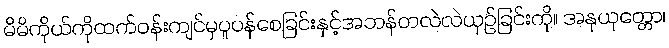
မိမိကိုယ်ကိုထက်ဝန်းကျင်မှပူပန်စေခြင်းနှင့်အဘန်တလဲလဲယှဉ်ခြင်းကို။ အနုယုတ္တော၊